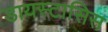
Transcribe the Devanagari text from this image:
डायस्टासिस